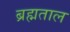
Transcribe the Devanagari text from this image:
ब्रह्मताल